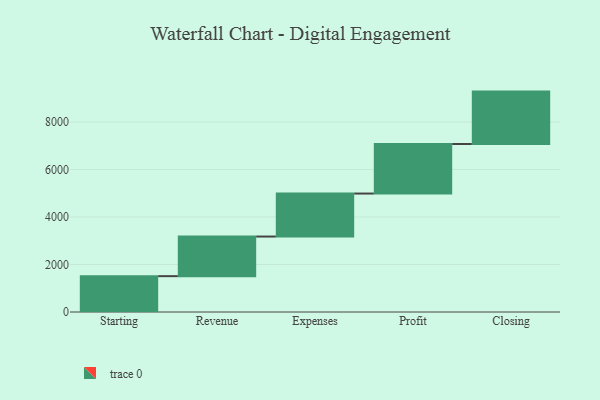
{"axis": {"x": "Step", "y": "Value"}, "legend": [""], "data": [{"x": "Starting", "y": 1509.0, "type": ""}, {"x": "Revenue", "y": 1668.0, "type": ""}, {"x": "Expenses", "y": 1810.0, "type": ""}, {"x": "Profit", "y": 2085.0, "type": ""}, {"x": "Closing", "y": 2207.0, "type": ""}]}